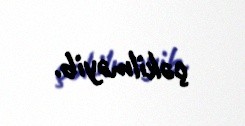
çəkilməyib.